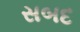
સબદ